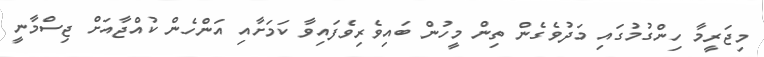
މިޖަރީމާ ހިންގުމުގައި މަދުވެގެން ތިން މީހުން ބައިވެރިވެފައިވާ ކަމަށާއި އަންހެން ކުއްޖާއަށް ޖިސްމާނީ